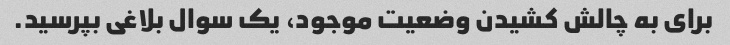
برای به چالش کشیدن وضعیت موجود، یک سوال بلاغی بپرسید.